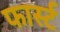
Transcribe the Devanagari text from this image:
फार्स्ट